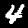
Label: 4